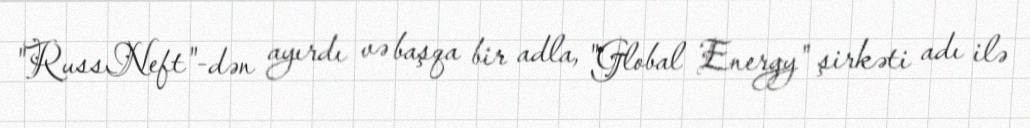
"RussNeft"-dən ayırdı və başqa bir adla, "Global Energy" şirkəti adı ilə